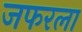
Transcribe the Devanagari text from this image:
जफरला